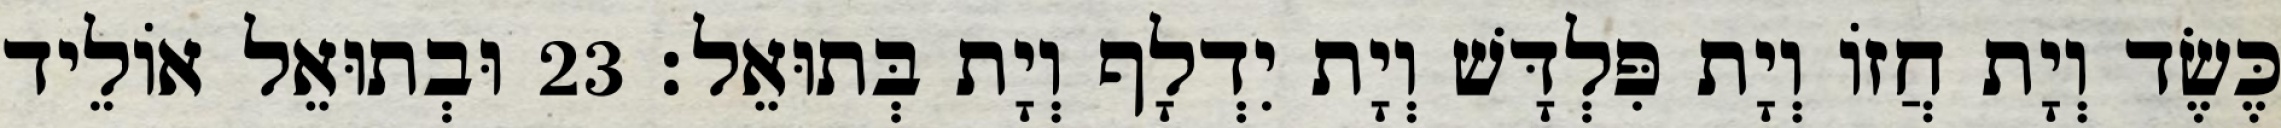
כֶּשֶׂד וְיָת חֲזוֹ וְיָת פִּלְדָּשׁ וְיָת יִדְלָף וְיָת בְּתוּאֵל׃ 23 וּבְתוּאֵל אוֹלֵיד